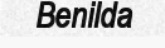
Benilda